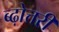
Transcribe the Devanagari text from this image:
ब्ढ़ोत्तरी